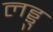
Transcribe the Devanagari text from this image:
लड्डु